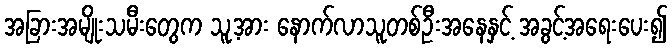
အခြားအမျိုးသမီးတွေက သူ့အား နောက်လာသူတစ်ဦးအနေနှင့် အခွင့်အရေးပေး၍